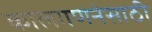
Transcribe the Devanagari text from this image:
कालगणनेसाठी